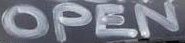
OPEN